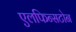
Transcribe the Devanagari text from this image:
एलफिन्सटोन